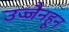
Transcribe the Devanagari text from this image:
उज्जैनहून